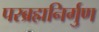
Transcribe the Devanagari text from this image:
परब्रह्मनिर्गुण